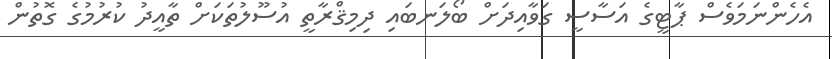
އެހެންނަމަވެސް ޕާޓީގެ އަސާސީ ގަވާއިދަށް ބޯލަނބައި ދިމިޤްރާތީ އުސޫލުތަކަށް ތާއީދު ކުރުމުގެ ގޮތުން